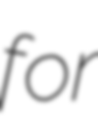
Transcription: for